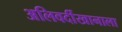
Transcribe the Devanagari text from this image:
अलिवर्दीखानाला